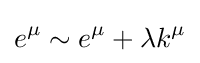
e^{\mu }\sim e^{\mu }+\lambda k^{\mu }